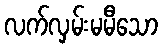
လက်လှမ်းမမီသော